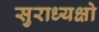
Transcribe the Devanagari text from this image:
सुराध्यक्षो